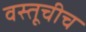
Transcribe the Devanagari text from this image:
वस्तूचीच